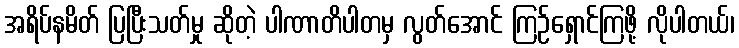
အရိပ်နမိတ် ပြပြီးသတ်မှု ဆိုတဲ့ ပါဏာတိပါတမှ လွတ်အောင် ကြဉ်ရှောင်ကြဖို့ လိုပါတယ်၊